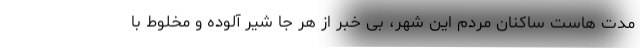
مدت هاست ساکنان مردم این شهر، بی خبر از هر جا شیر آلوده و مخلوط با